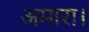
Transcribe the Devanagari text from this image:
अमारा।